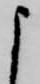
よ